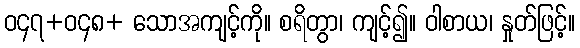
ဝ၄၇+ဝ၄၈+ သောအကျင့်ကို။ စရိတွာ၊ ကျင့်၍။ ဝါစာယ၊ နှုတ်ဖြင့်။